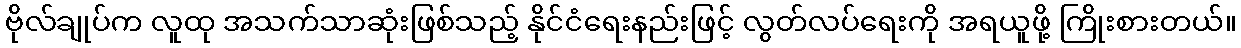
ဗိုလ်ချုပ်က လူထု အသက်သာဆုံးဖြစ်သည့် နိုင်ငံရေးနည်းဖြင့် လွတ်လပ်ရေးကို အရယူဖို့ ကြိုးစားတယ်။